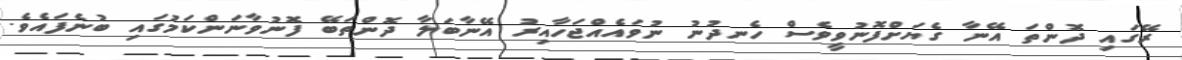
ރޭގައި ދޮންތަ އޭނާ ގެޔަށްފޮނުވީވެސް ހެނދުނު ނުވައެއްޖަހާއިރު އޭނާބަލާ ދޮންތަބޭ ފޮނުވާނަންކަމުގައި ބުނެފައެވެ.